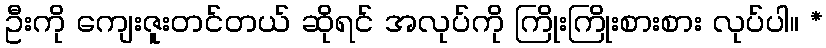
ဦးကို ကျေးဇူးတင်တယ် ဆိုရင် အလုပ်ကို ကြိုးကြိုးစားစား လုပ်ပါ။ *